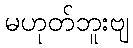
မဟုတ်ဘူးဗျ